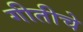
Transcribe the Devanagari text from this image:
गीतीचे